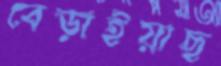
বেড়াইয়াছ